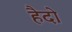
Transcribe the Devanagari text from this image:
हैदो